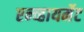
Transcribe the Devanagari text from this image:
एन्व्हायर्मेट